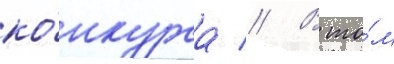
ко́нкурса // В то́м